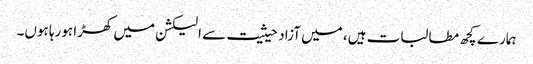
ہمارے کچھ مطالبات ہیں، میں آزاد حیثیت سے الیکشن میں کھڑا ہورہا ہوں۔